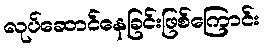
လုပ်ဆောင်နေခြင်းဖြစ်ကြောင်း